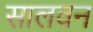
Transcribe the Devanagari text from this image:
सालवन